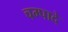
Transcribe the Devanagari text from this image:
चम्पादे